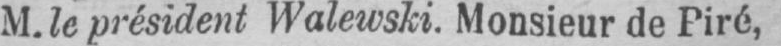
M. le président Walewski. Monsieur de Piré,